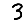
Digit: 3